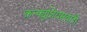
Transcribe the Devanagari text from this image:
कन्फ्युशियसवादी